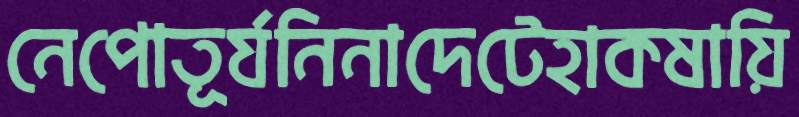
নেপোতূর্যনিনাদেটেহাকষায়ি